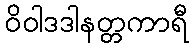
ဝိဝါဒဒါနတ္တကာရီ